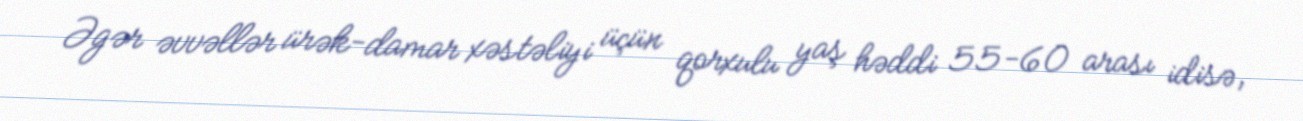
Əgər əvvəllər ürək-damar xəstəliyi üçün qorxulu yaş həddi 55-60 arası idisə,